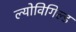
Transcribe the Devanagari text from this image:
ल्योविगिल्ड